Annual report on the working of the mental hospitals in the Madras Presidency - 1912-1932
Year: 1912
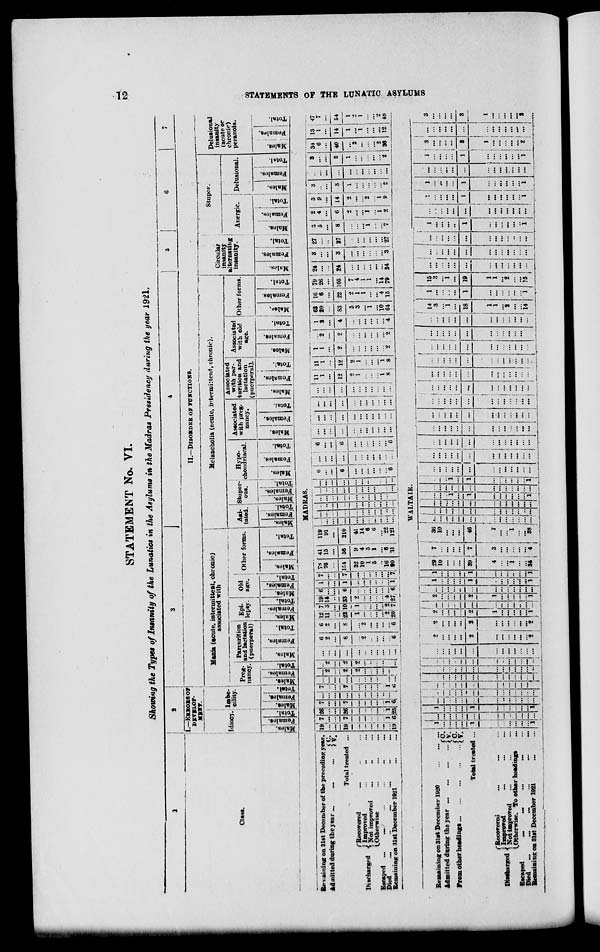
12
STATEMENTS OF THE LUNATIC ASYLUMS
STATEMENT No. VI.
Showing the Types of Insanity of the Lunatics in the Asylums in the Madras Presidency during the year 1921.
1
Class.
2
I.—ERRORS OF
Idiocy.
Males.
Females.
Total.
Imbe¬
cility.
Males.
Females.
Total.
3
4
5
6
7
II.—DISORDER OF FUNCTIONS.
Mania (acute, intermittent, chronic)
associated with
Preg¬
nancy.
Males.
Females.
Total.
Parturition
and lactation
(puerperal)
Males.
Females.
Total.
Epi¬
lepsy.
Males.
Females.
Total.
Old
age.
Males.
Females.
Total.
Other forms.
Males.
Females.
Total.
Melancholia (acute, intermittent, chronic).
Agi¬
tated.
Males.
Females.
Total.
Stupor¬
ous.
Males.
Females.
Total.
Hypo¬
chondriacal.
Males.
Females.
Total.
Associated
with preg
nancy.
Males.
Females.
Total.
Associted
with par¬
turition and
lactation
(puerperal).
Males.
Females.
Total.
Associated
with old
age.
Males.
Females.
Total.
Other forms.
Males.
Females.
Total.
Circular
insanity
alternating
insanity.
Males.
Females.
Total.
Stupor.
Anergic.
Males.
Females.
Total.
Delusional.
Males.
Females.
Total.
Delusional
insanity
(acute or
chronic)
peranoia.
Males.
Females.
Total.
MADRAS.
Remaining on 31st December of the preceding year.
Admitted during the year
C. V.
Total treated ...
Discharged
Recovered ... ... ...
Improved
...
...
...
Not improved ... ... ...
Otherwise
...
...
...
Escaped ...
... ... ... ... ...
Died
...
...
...
...
...
...
Remaninig on 31st December 1921
...
...
19
...
...
19
...
...
...
...
...
...
19
7
...
...
7
...
...
...
...
...
1
6
26
...
...
26
...
...
...
...
...
1
25
7
...
...
7
...
...
...
...
...
1
6
...
...
...
...
...
...
...
...
...
...
...
7
...
...
7
...
...
...
...
...
1
6
...
...
...
...
...
...
...
...
...
...
...
...
2
...
2
2
...
...
...
...
...
...
...
2
...
2
2
...
...
...
...
...
...
...
...
...
...
...
...
...
...
...
...
...
6
2
...
8
...
2
...
...
...
...
6
6
2
...
8
...
2
...
...
...
...
6
12
11
...
23
1
...
...
...
...
2
20
7
3
...
10
1
...
...
...
...
2
7
19
14
...
33
2
...
...
...
...
4
27
6
...
...
6
...
...
...
...
...
...
6
1
...
...
1
...
...
...
...
..
...
1
7
...
...
7
...
...
...
...
...
...
7
78
76
...
154
32
10
1
5
...
16
90
41
15
...
56
9
4
5
1
...
6
31
119
91
...
210
41
14
6
6
...
22
121
...
...
...
...
...
...
...
...
...
...
...
... ...
...
...
...
...
...
...
...
...
...
...
..
...
...
...
...
...
...
...
...
...
...
...
...
...
...
..
...
...
...
...
...
...
..
...
...
...
...
...
...
...
...
...
...
...
...
...
...
...
...
...
...
...
...
6
...
...
6
...
...
...
...
...
...
6
...
...
...
...
...
...
...
....
...
...
...
6
...
...
6
...
...
...
...
...
...
6
...
...
...
...
...
...
...
...
...
...
...
...
...
...
...
...
...
...
...
...
...
...
...
...
...
...
...
...
...
...
...
...
...
...
...
...
...
...
...
...
...
...
...
...
11
1
...
12
2
1
...
...
...
1
8
11
1
...
12
2
1
...
...
...
1
8
1
1
...
2
...
...
...
...
...
...
2
...
2
...
2
...
...
...
...
...
...
2
1
3
...
4
...
...
...
...
...
...
4
63
20
...
83
5
3
...
1
...
10
64
16
6
...
22
2
1
1
...
...
4
15
79
26
...
105
7
4
1
1
...
14
79
24
...
...
24
...
...
...
...
...
...
24
3
...
...
3
...
...
...
...
...
...
3
27
...
...
27
...
...
...
...
...
...
27
3
5
...
8
...
...
...
1
...
...
7
2
4
...
6
2
...
...
1
...
1
2
5
9
...
14
2
...
...
2
...
1
9
3
...
...
3
1
...
...
...
...
...
2
...
...
...
...
...
...
...
...
...
...
...
3
...
...
3
1
...
...
...
...
...
2
34
6
...
40
...
2
...
...
...
2
36
13
1
...
14
1
...
1
...
...
...
12
47
7
...
54
1
2
1
...
...
2
48
WALTAIR.
Remaining on 31st December 1920 ... ...
Admitted during the year ...
...
...
...
From other headings...
...
...
...
C. V.
C.
V.
Total treated ... ...
Discharged
Recovered ... ... ...
Improved
...
...
...
Not improved
...
... ...
Otherwise.
To other headings...
Escaped
...
...
...
...
...
Died
...
...
...
...
...
...
Remaining on 31st December 1921
...
1
...
...
...
...
1
...
...
...
...
...
...
1
...
...
...
...
...
...
...
...
..
...
...
...
...
1
...
...
...
...
1
...
...
...
...
...
...
1
...
...
...
...
...
...
...
...
...
...
...
...
...
...
...
...
...
...
...
...
...
...
...
...
..
...
...
...
...
...
...
...
...
...
...
...
...
...
...
...
...
...
...
...
...
...
...
...
...
...
...
...
...
...
...
...
...
...
...
...
...
...
...
...
...
...
...
...
...
...
...
...
...
...
...
...
...
...
...
...
...
...
...
...
...
...
...
...
...
...
...
2
...
...
...
...
2
...
...
...
...
...
...
2
2
...
...
...
...
2
...
...
...
...
...
...
2
2
...
...
.
...
2
1
...
...
...
...
...
1
...
...
...
...
...
...
...
...
...
...
..
...
...
2
...
...
...
...
2
1
...
...
...
...
...
1
...
...
...
...
...
...
...
...
...
...
...
...
...
1
...
...
...
...
1
...
...
...
...
...
...
1
1
...
...
...
...
1
...
...
...
...
...
...
1
29
10
...
...
...
39
4
...
...
1
...
...
34
7
...
...
...
...
7
3
...
...
...
...
...
4
36
10
...
...
...
46
7
...
...
1
...
...
38
...
...
...
...
...
...
...
...
...
...
...
...
...
...
...
...
...
...
....
...
...
...
...
...
...
...
...
...
...
...
...
...
...
...
...
...
...
...
...
...
...
...
1
...
1
...
...
...
...
...
... 1
...
...
...
...
...
...
...
...
...
...
...
...
...
...
...
..
1
...
1
...
...
...
...
...
...
1
...
...
...
...
...
...
...
...
...
...
...
...
...
...
...
...
...
...
...
...
...
...
...
...
...
...
...
...
...
...
...
...
...
...
...
...
...
...
...
...
...
...
...
...
...
...
...
...
...
...
...
...
...
...
...
...
...
...
...
...
...
...
...
...
...
...
...
...
...
...
...
...
...
...
...
...
...
...
...
...
...
...
...
...
...
...
...
...
...
...
...
...
...
...
...
...
...
...
...
...
...
...
...
...
...
...
...
...
...
...
...
...
...
...
...
...
...
...
...
...
...
...
...
...
...
...
...
...
...
...
...
...
...
...
...
...
...
...
...
...
...
...
...
...
...
...
...
...
...
...
...
...
...
...
...
...
14
3
...
1
...
18
1
1
...
2
...
...
14
1
...
...
...
...
1
...
...
...
...
...
...
1
15
3
...
1
...
19
1
1
...
2
...
...
15
...
...
...
...
...
...
...
...
...
...
...
...
...
...
...
...
...
...
...
...
...
...
...
...
...
...
...
...
...
...
...
...
...
...
...
...
...
...
...
1
...
...
...
...
1
...
...
...
...
...
..
1
. . .
... ...
...
...
...
...
...
...
...
...
...
...
1
...
...
...
...
1
...
...
...
...
...
...
1
1
...
...
...
...
1
...
...
...
...
...
...
1
...
...
...
...
...
...
...
...
...
...
...
...
...
1
...
...
...
...
1
...
...
...
...
...
...
1
3
...
...
...
...
3
1
...
...
...
...
...
2
...
...
...
...
...
...
...
...
...
...
...
...
...
3
...
...
...
...
3
1
...
...
...
...
...
2